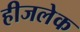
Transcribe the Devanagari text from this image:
हीजलेक